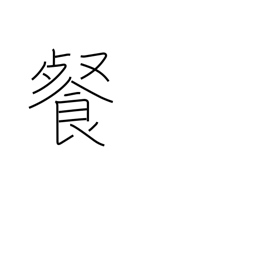
Meaning: swallow